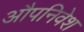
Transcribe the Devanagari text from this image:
औपनिवेश